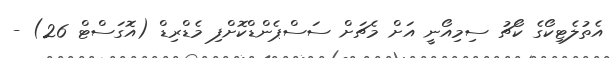
އެތުލެޓިކޯގެ ކޯޗު ސިމިއޯނީ އަށް މެޗަށް ސަސްޕެންޑްކޮށްފި މެޑްރިޑް (އޮގަސްޓް 26) -